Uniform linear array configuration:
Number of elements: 4
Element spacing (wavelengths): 0.5
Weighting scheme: cosine
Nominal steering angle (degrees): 0
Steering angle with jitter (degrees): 1.6
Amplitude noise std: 0.05
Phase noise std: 0.05

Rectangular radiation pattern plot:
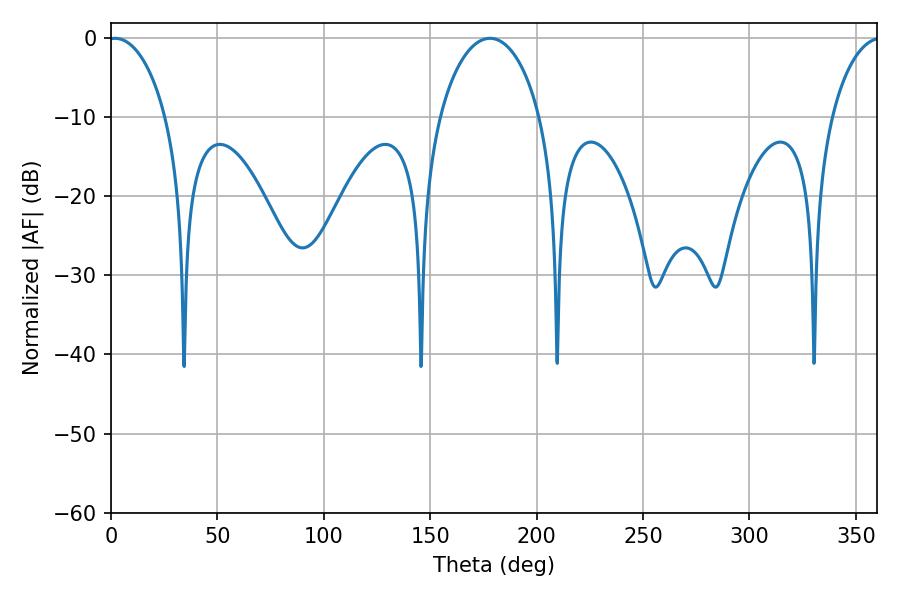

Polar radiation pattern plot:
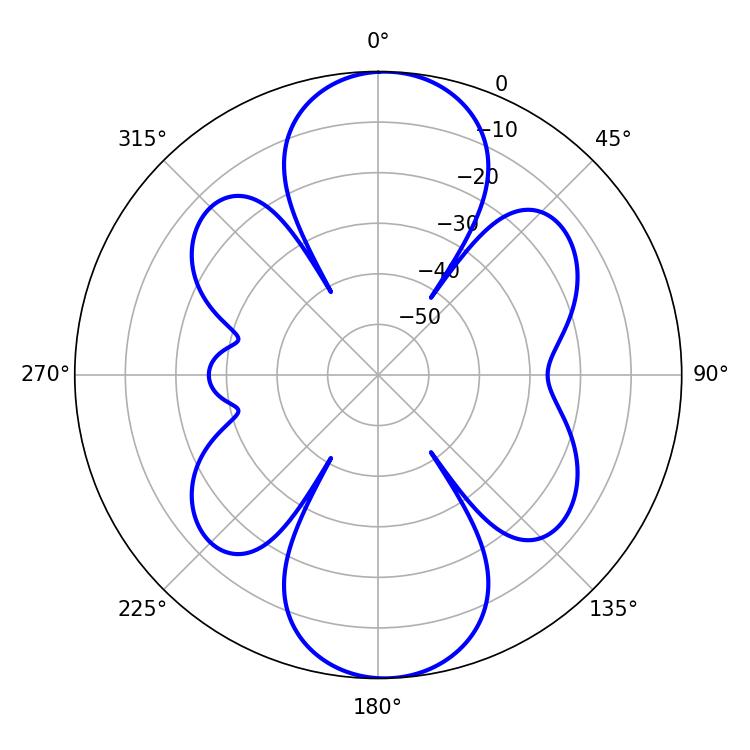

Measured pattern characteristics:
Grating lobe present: FALSE
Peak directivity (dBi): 17.121
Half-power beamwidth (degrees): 15.66
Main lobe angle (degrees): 1.98